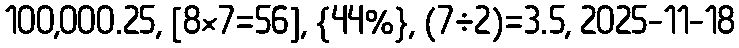
100,000.25, [8×7=56], {44%}, (7÷2)=3.5, 2025-11-18